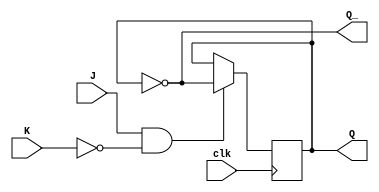
module jk_flip_flop (
    input wire J, // Set input
    input wire K, // Reset input
    input wire clk, // Clock input
    output reg Q, // Output
    output reg Q_ // Complement output
);

// Internal state variable
reg state;

// Always block triggered on positive edge of clock
always @(posedge clk) begin
    if (J & ~K) begin
        state <= ~state; // Toggle state
    end else if (J & K) begin
        state <= state; // Stay in current state
    end
end

// Assign output
assign Q = state;
assign Q_ = ~state;

endmodule